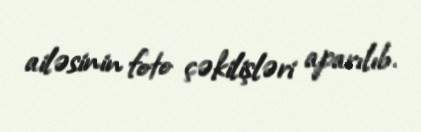
ailəsinin foto çəkilişləri aparılıb.